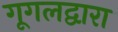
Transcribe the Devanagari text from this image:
गूगलद्वारा